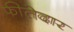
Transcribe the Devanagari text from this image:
फीतेदार